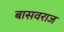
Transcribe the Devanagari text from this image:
बासवराज